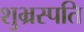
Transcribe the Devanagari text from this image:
शुभ्रस्पति